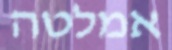
אמלטה